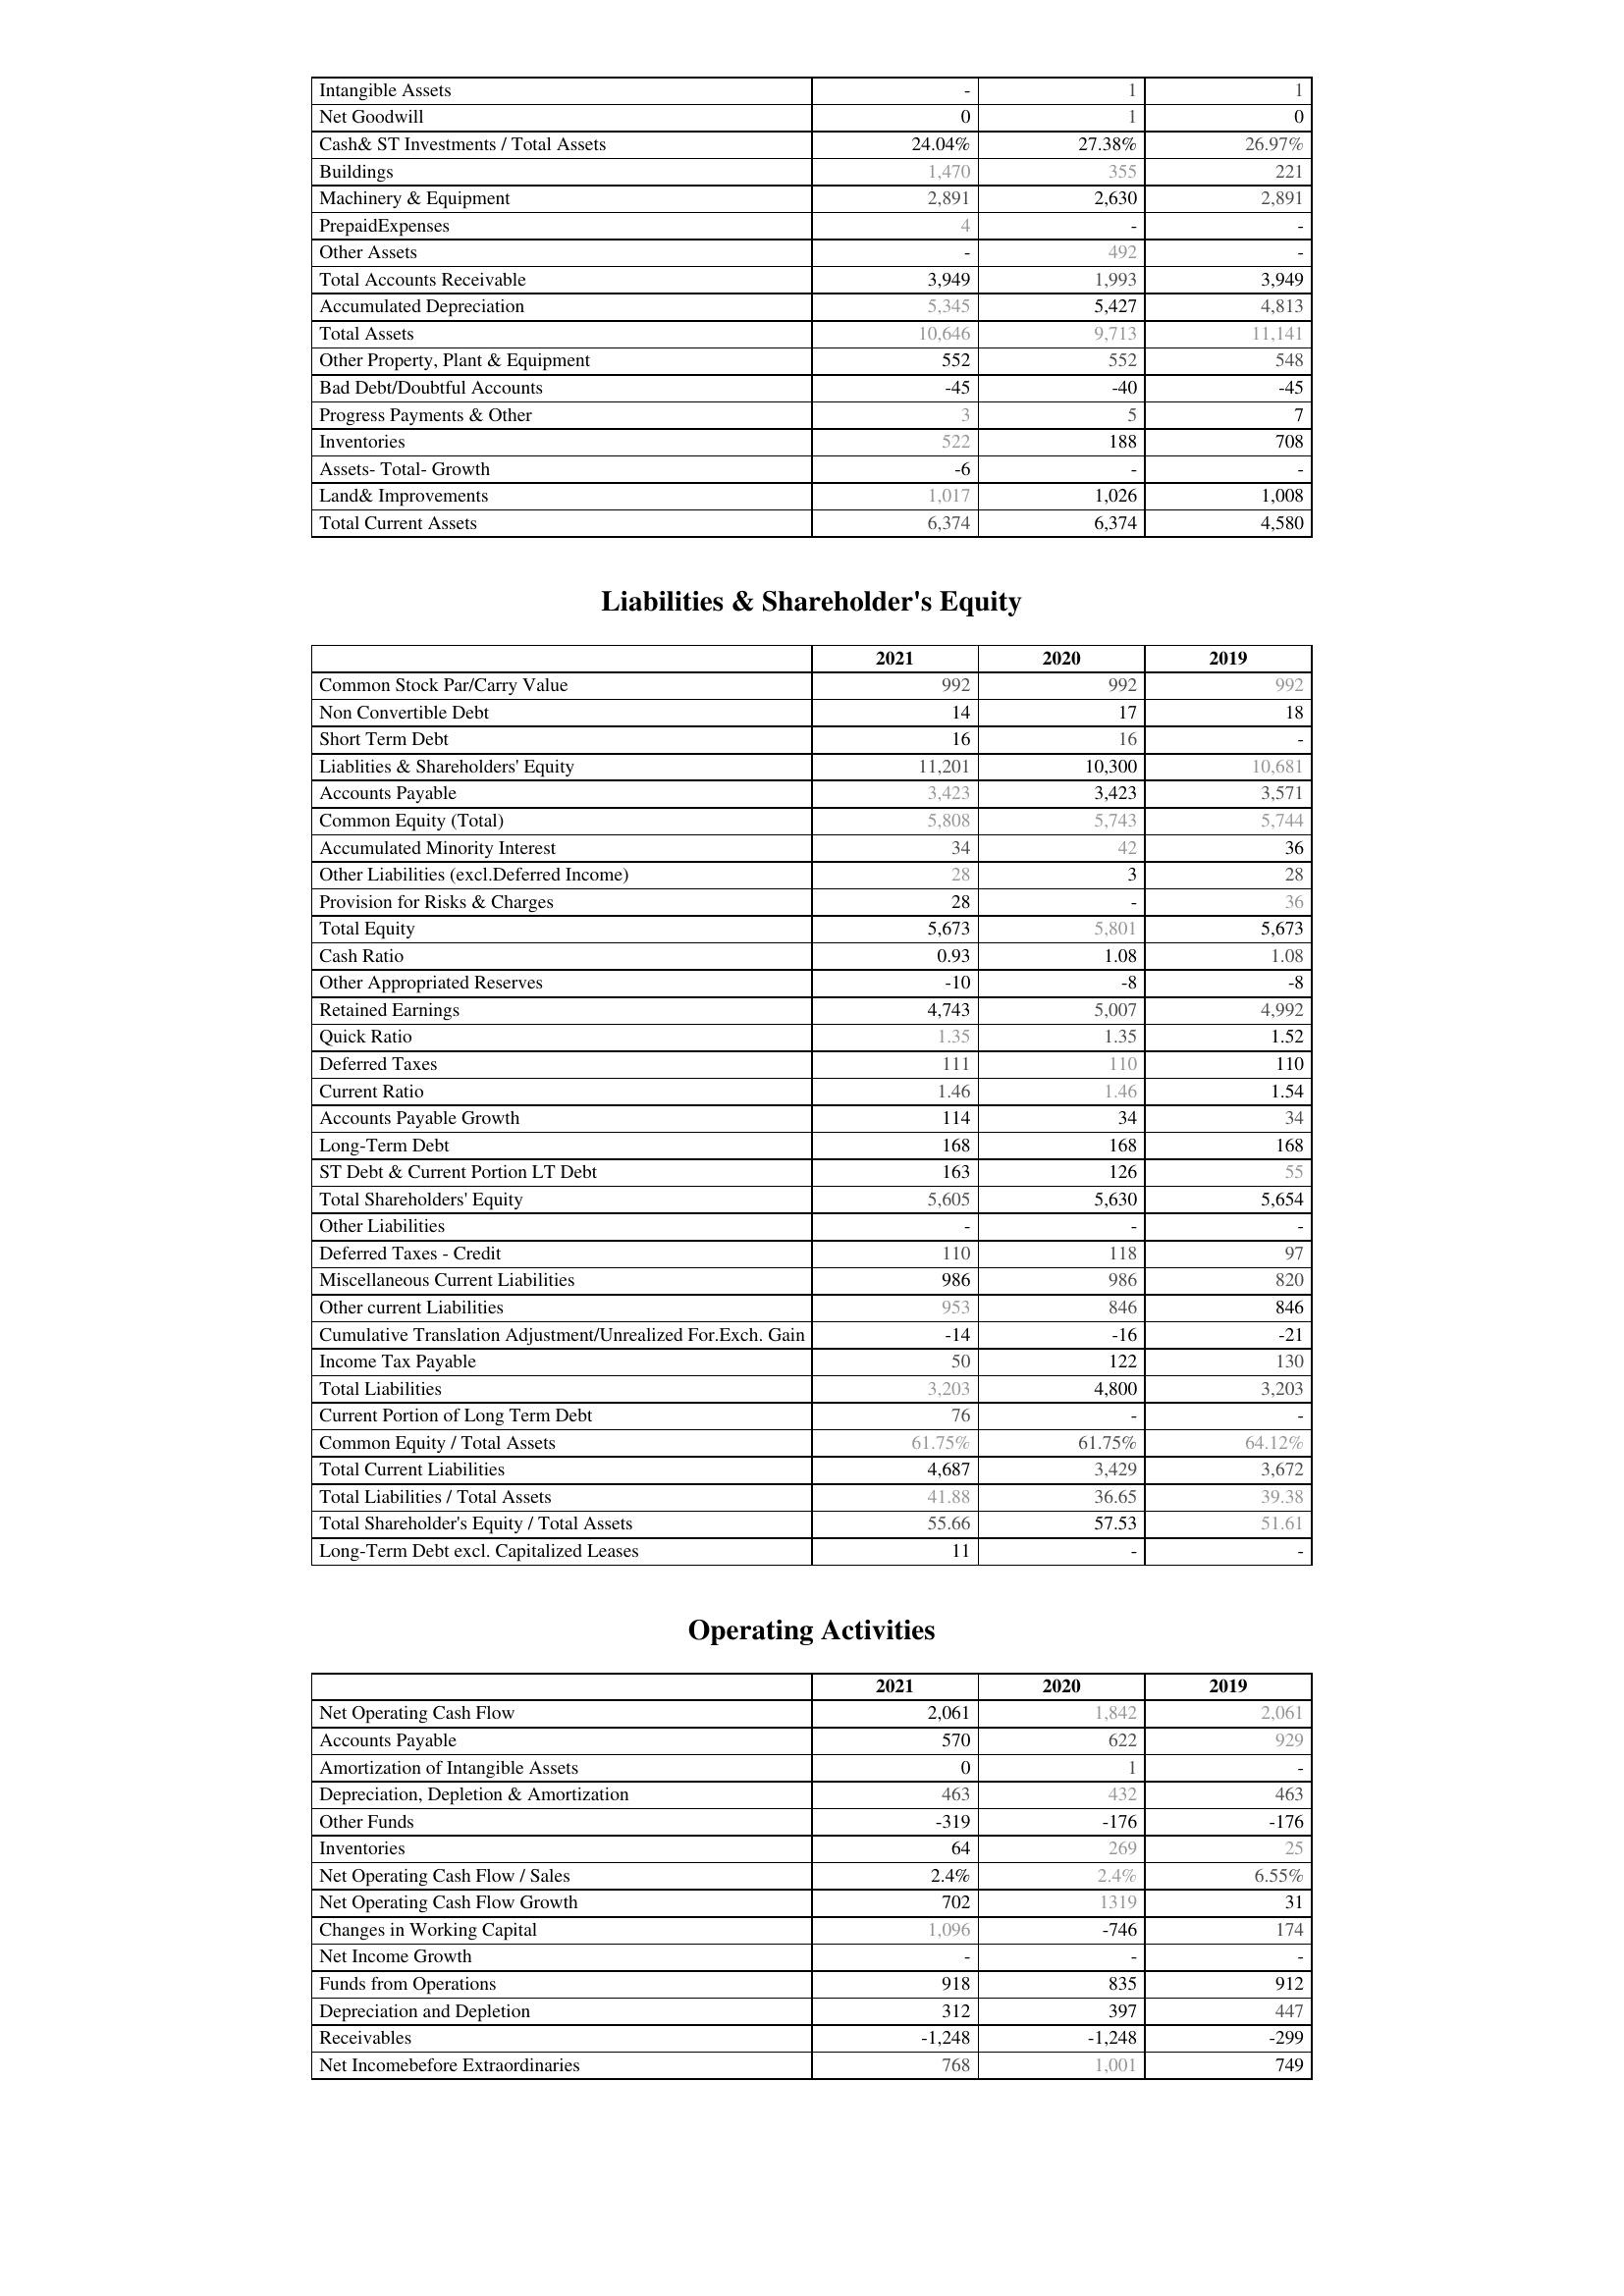
2021: Assets: Intangible Assets: -
Net Goodwill: 0
Cash& ST Investments / Total Assets: 24.04%
Buildings: 1,470
Machinery & Equipment: 2,891
PrepaidExpenses: 4
Other Assets: -
Total Accounts Receivable: 3,949
Accumulated Depreciation: 5,345
Total Assets: 10,646
Other Property, Plant & Equipment: 552
Bad Debt/Doubtful Accounts: -45
Progress Payments & Other: 3
Inventories: 522
Assets- Total- Growth: -6
Land& Improvements: 1,017
Total Current Assets: 6,374
Liabilities & Shareholder's Equity: Common Stock Par/Carry Value: 992
Non Convertible Debt: 14
Short Term Debt: 16
Liablities & Shareholders' Equity: 11,201
Accounts Payable: 3,423
Common Equity (Total): 5,808
Accumulated Minority Interest: 34
Other Liabilities (excl.Deferred Income): 28
Provision for Risks & Charges: 28
Total Equity: 5,673
Cash Ratio: 0.93
Other Appropriated Reserves: -10
Retained Earnings: 4,743
Quick Ratio: 1.35
Deferred Taxes: 111
Current Ratio: 1.46
Accounts Payable Growth: 114
Long-Term Debt: 168
ST Debt & Current Portion LT Debt: 163
Total Shareholders' Equity: 5,605
Other Liabilities: -
Deferred Taxes - Credit: 110
Miscellaneous Current Liabilities: 986
Other current Liabilities: 953
Cumulative Translation Adjustment/Unrealized For.Exch. Gain: -14
Income Tax Payable: 50
Total Liabilities: 3,203
Current Portion of Long Term Debt: 76
Common Equity / Total Assets: 61.75%
Total Current Liabilities: 4,687
Total Liabilities / Total Assets: 41.88
Total Shareholder's Equity / Total Assets: 55.66
Long-Term Debt excl. Capitalized Leases: 11
Operating Activities: Net Operating Cash Flow: 2,061
Accounts Payable: 570
Amortization of Intangible Assets: 0
Depreciation, Depletion & Amortization: 463
Other Funds: -319
Inventories: 64
Net Operating Cash Flow / Sales: 2.4%
Net Operating Cash Flow Growth: 702
Changes in Working Capital: 1,096
Net Income Growth: -
Funds from Operations: 918
Depreciation and Depletion: 312
Receivables: -1,248
Net Incomebefore Extraordinaries: 768
2020: Assets: Intangible Assets: 1
Net Goodwill: 1
Cash& ST Investments / Total Assets: 27.38%
Buildings: 355
Machinery & Equipment: 2,630
PrepaidExpenses: -
Other Assets: 492
Total Accounts Receivable: 1,993
Accumulated Depreciation: 5,427
Total Assets: 9,713
Other Property, Plant & Equipment: 552
Bad Debt/Doubtful Accounts: -40
Progress Payments & Other: 5
Inventories: 188
Assets- Total- Growth: -
Land& Improvements: 1,026
Total Current Assets: 6,374
Liabilities & Shareholder's Equity: Common Stock Par/Carry Value: 992
Non Convertible Debt: 17
Short Term Debt: 16
Liablities & Shareholders' Equity: 10,300
Accounts Payable: 3,423
Common Equity (Total): 5,743
Accumulated Minority Interest: 42
Other Liabilities (excl.Deferred Income): 3
Provision for Risks & Charges: -
Total Equity: 5,801
Cash Ratio: 1.08
Other Appropriated Reserves: -8
Retained Earnings: 5,007
Quick Ratio: 1.35
Deferred Taxes: 110
Current Ratio: 1.46
Accounts Payable Growth: 34
Long-Term Debt: 168
ST Debt & Current Portion LT Debt: 126
Total Shareholders' Equity: 5,630
Other Liabilities: -
Deferred Taxes - Credit: 118
Miscellaneous Current Liabilities: 986
Other current Liabilities: 846
Cumulative Translation Adjustment/Unrealized For.Exch. Gain: -16
Income Tax Payable: 122
Total Liabilities: 4,800
Current Portion of Long Term Debt: -
Common Equity / Total Assets: 61.75%
Total Current Liabilities: 3,429
Total Liabilities / Total Assets: 36.65
Total Shareholder's Equity / Total Assets: 57.53
Long-Term Debt excl. Capitalized Leases: -
Operating Activities: Net Operating Cash Flow: 1,842
Accounts Payable: 622
Amortization of Intangible Assets: 1
Depreciation, Depletion & Amortization: 432
Other Funds: -176
Inventories: 269
Net Operating Cash Flow / Sales: 2.4%
Net Operating Cash Flow Growth: 1319
Changes in Working Capital: -746
Net Income Growth: -
Funds from Operations: 835
Depreciation and Depletion: 397
Receivables: -1,248
Net Incomebefore Extraordinaries: 1,001
2019: Assets: Intangible Assets: 1
Net Goodwill: 0
Cash& ST Investments / Total Assets: 26.97%
Buildings: 221
Machinery & Equipment: 2,891
PrepaidExpenses: -
Other Assets: -
Total Accounts Receivable: 3,949
Accumulated Depreciation: 4,813
Total Assets: 11,141
Other Property, Plant & Equipment: 548
Bad Debt/Doubtful Accounts: -45
Progress Payments & Other: 7
Inventories: 708
Assets- Total- Growth: -
Land& Improvements: 1,008
Total Current Assets: 4,580
Liabilities & Shareholder's Equity: Common Stock Par/Carry Value: 992
Non Convertible Debt: 18
Short Term Debt: -
Liablities & Shareholders' Equity: 10,681
Accounts Payable: 3,571
Common Equity (Total): 5,744
Accumulated Minority Interest: 36
Other Liabilities (excl.Deferred Income): 28
Provision for Risks & Charges: 36
Total Equity: 5,673
Cash Ratio: 1.08
Other Appropriated Reserves: -8
Retained Earnings: 4,992
Quick Ratio: 1.52
Deferred Taxes: 110
Current Ratio: 1.54
Accounts Payable Growth: 34
Long-Term Debt: 168
ST Debt & Current Portion LT Debt: 55
Total Shareholders' Equity: 5,654
Other Liabilities: -
Deferred Taxes - Credit: 97
Miscellaneous Current Liabilities: 820
Other current Liabilities: 846
Cumulative Translation Adjustment/Unrealized For.Exch. Gain: -21
Income Tax Payable: 130
Total Liabilities: 3,203
Current Portion of Long Term Debt: -
Common Equity / Total Assets: 64.12%
Total Current Liabilities: 3,672
Total Liabilities / Total Assets: 39.38
Total Shareholder's Equity / Total Assets: 51.61
Long-Term Debt excl. Capitalized Leases: -
Operating Activities: Net Operating Cash Flow: 2,061
Accounts Payable: 929
Amortization of Intangible Assets: -
Depreciation, Depletion & Amortization: 463
Other Funds: -176
Inventories: 25
Net Operating Cash Flow / Sales: 6.55%
Net Operating Cash Flow Growth: 31
Changes in Working Capital: 174
Net Income Growth: -
Funds from Operations: 912
Depreciation and Depletion: 447
Receivables: -299
Net Incomebefore Extraordinaries: 749